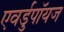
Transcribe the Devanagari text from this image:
एवर्डुपॉयज